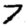
Digit: 7